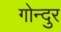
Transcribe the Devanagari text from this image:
गोन्दुर